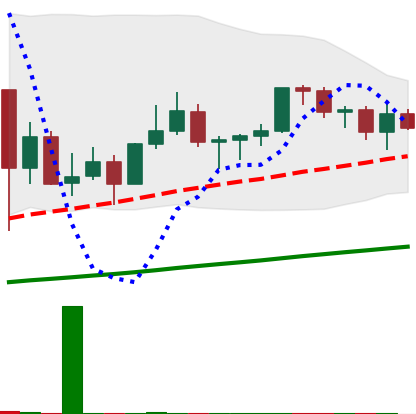
Ticker: LINK-USD
Chart end date: 2021-03-14
Forward return: 3.892%
Label: up_3_5